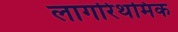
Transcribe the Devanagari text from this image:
लागरिथमिक